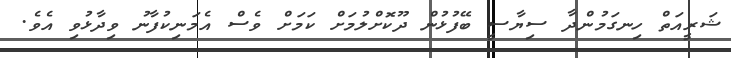
ޝަރީއަތް ހިނގަމުންދާ ސިޔާސީ ބޭފުޅުން ދޫކޮށްލުމަށް ކަމަށް ވެސް އެމަނިކުފާނު ވިދާޅުވި އެވެ.